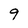
Character: 9